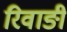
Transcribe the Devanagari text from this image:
रिवाङी